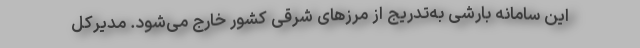
این سامانه بارشی به‌تدریج از مرزهای شرقی کشور خارج می‌شود. مدیرکل